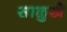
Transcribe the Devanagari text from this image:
साळुखे